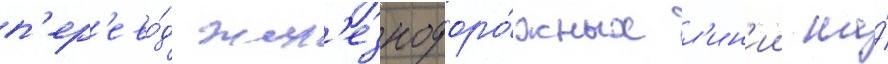
п'ер'ево́д жел'езнодоро́жных л'ин'ии на́